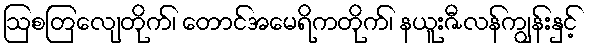
ဩစတြေလျတိုက်၊ တောင်အမေရိကတိုက်၊ နယူးဇီလန်ကျွန်းနှင့်